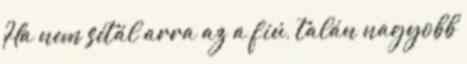
Ha nem sétál arra az a fiú, talán nagyobb